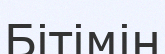
Бітімін